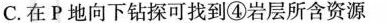
C.在P地向下钻探可找到